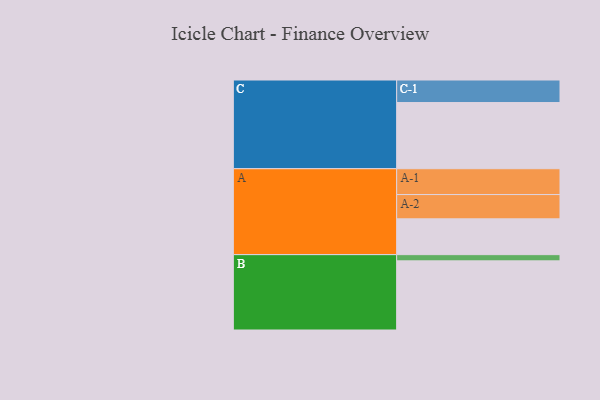
{"axis": {"x": "Segment", "y": "Value"}, "legend": ["", "A", "B", "C"], "data": [{"x": "A", "y": 305, "type": ""}, {"x": "B", "y": 589, "type": ""}, {"x": "C", "y": 564, "type": ""}, {"x": "A-1", "y": 220, "type": "A"}, {"x": "A-2", "y": 207, "type": "A"}, {"x": "B-1", "y": 53, "type": "B"}, {"x": "C-1", "y": 192, "type": "C"}]}